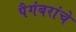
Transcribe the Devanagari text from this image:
पैगंबरांचे